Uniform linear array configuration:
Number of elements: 4
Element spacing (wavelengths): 1
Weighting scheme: binomial
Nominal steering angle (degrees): -15
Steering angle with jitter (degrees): -15.525
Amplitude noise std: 0.05
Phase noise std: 0.05

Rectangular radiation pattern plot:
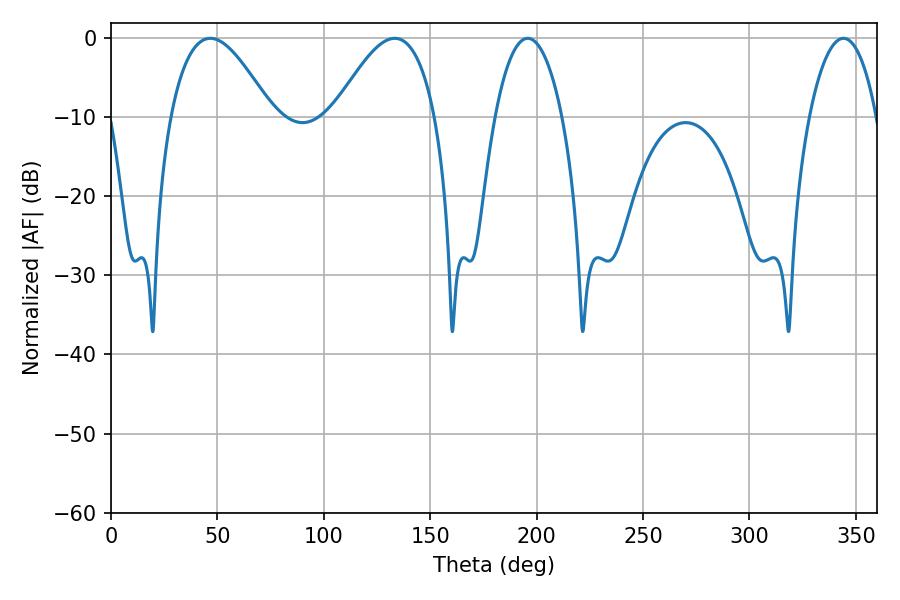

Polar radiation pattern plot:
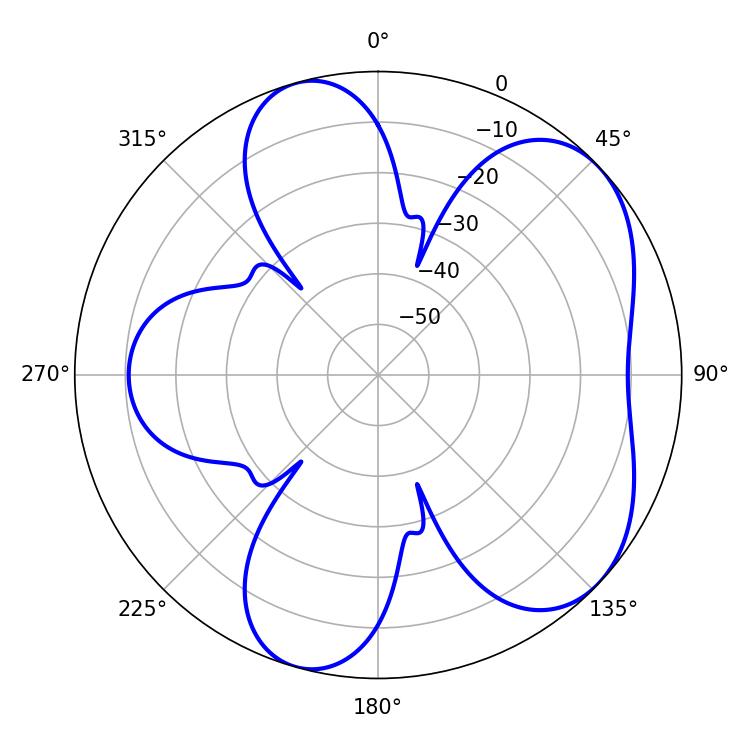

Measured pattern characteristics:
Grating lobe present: TRUE
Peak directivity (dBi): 5.651
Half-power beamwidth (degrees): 17.82
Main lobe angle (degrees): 195.84